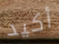
أكيد